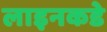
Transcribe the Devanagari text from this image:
लाइनकडे